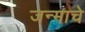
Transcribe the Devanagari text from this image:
जन्माचेे